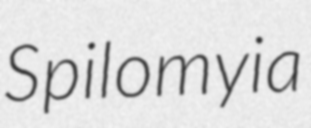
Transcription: Spilomyia